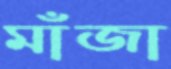
মাঁজা